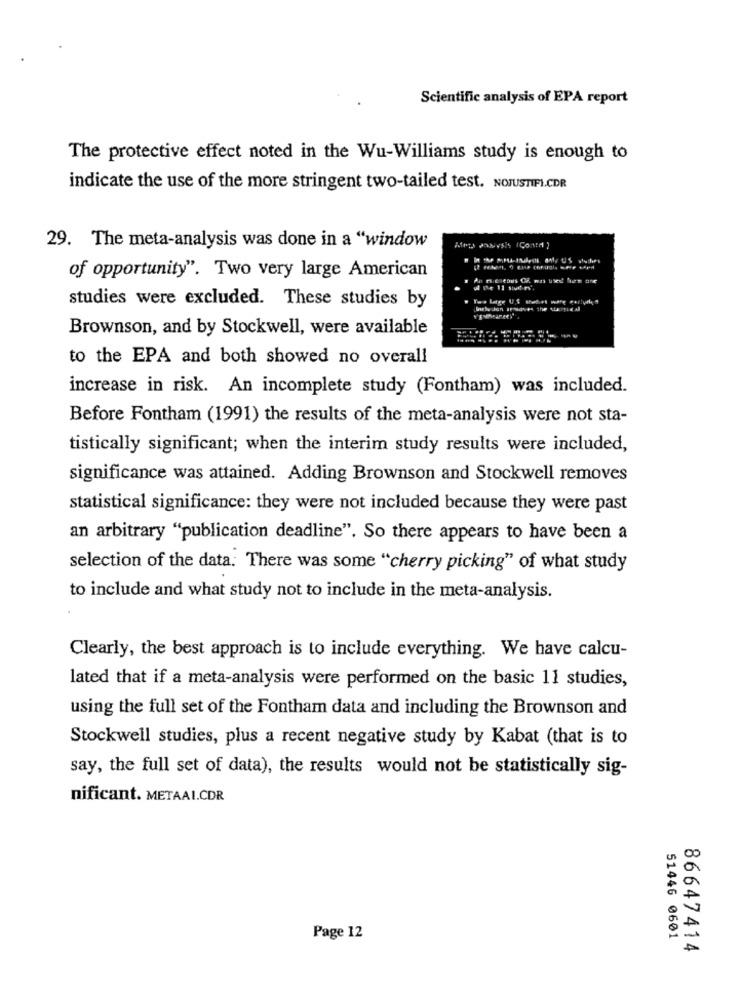
Scientific analysis of EPA report
The protective effect noted in the Wu-Williams study is enough to
indicate the use of the more stringent two-tailed test. NOJUSTIFI.CDR
29. The meta-analysis was done in a "window
Adott Praksis IConta )
of opportunity". Two very large American
studies were excluded. These studies by
Brownson, and by Stockwell, were available
to the EPA and both showed no overall
increase in risk. An incomplete study (Fontham) was included.
Before Fontham (1991) the results of the meta-analysis were not sta-
tistically significant; when the interim study results were included,
significance was attained. Adding Brownson and Stockwell removes
statistical significance: they were not included because they were past
an arbitrary "publication deadline". So there appears to have been a
selection of the data. There was some "cherry picking" of what study
to include and what study not to include in the meta-analysis.
Clearly, the best approach is to include everything. We have calcu-
lated that if a meta-analysis were performed on the basic 11 studies,
using the full set of the Fontham data and including the Brownson and
Stockwell studies, plus a recent negative study by Kabat (that is to
say, the full set of data), the results would not be statistically sig-
nificant. METAAL.CDR
Page 12
51446 0601
86647414